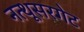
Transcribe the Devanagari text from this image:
नत्थूसरगेट